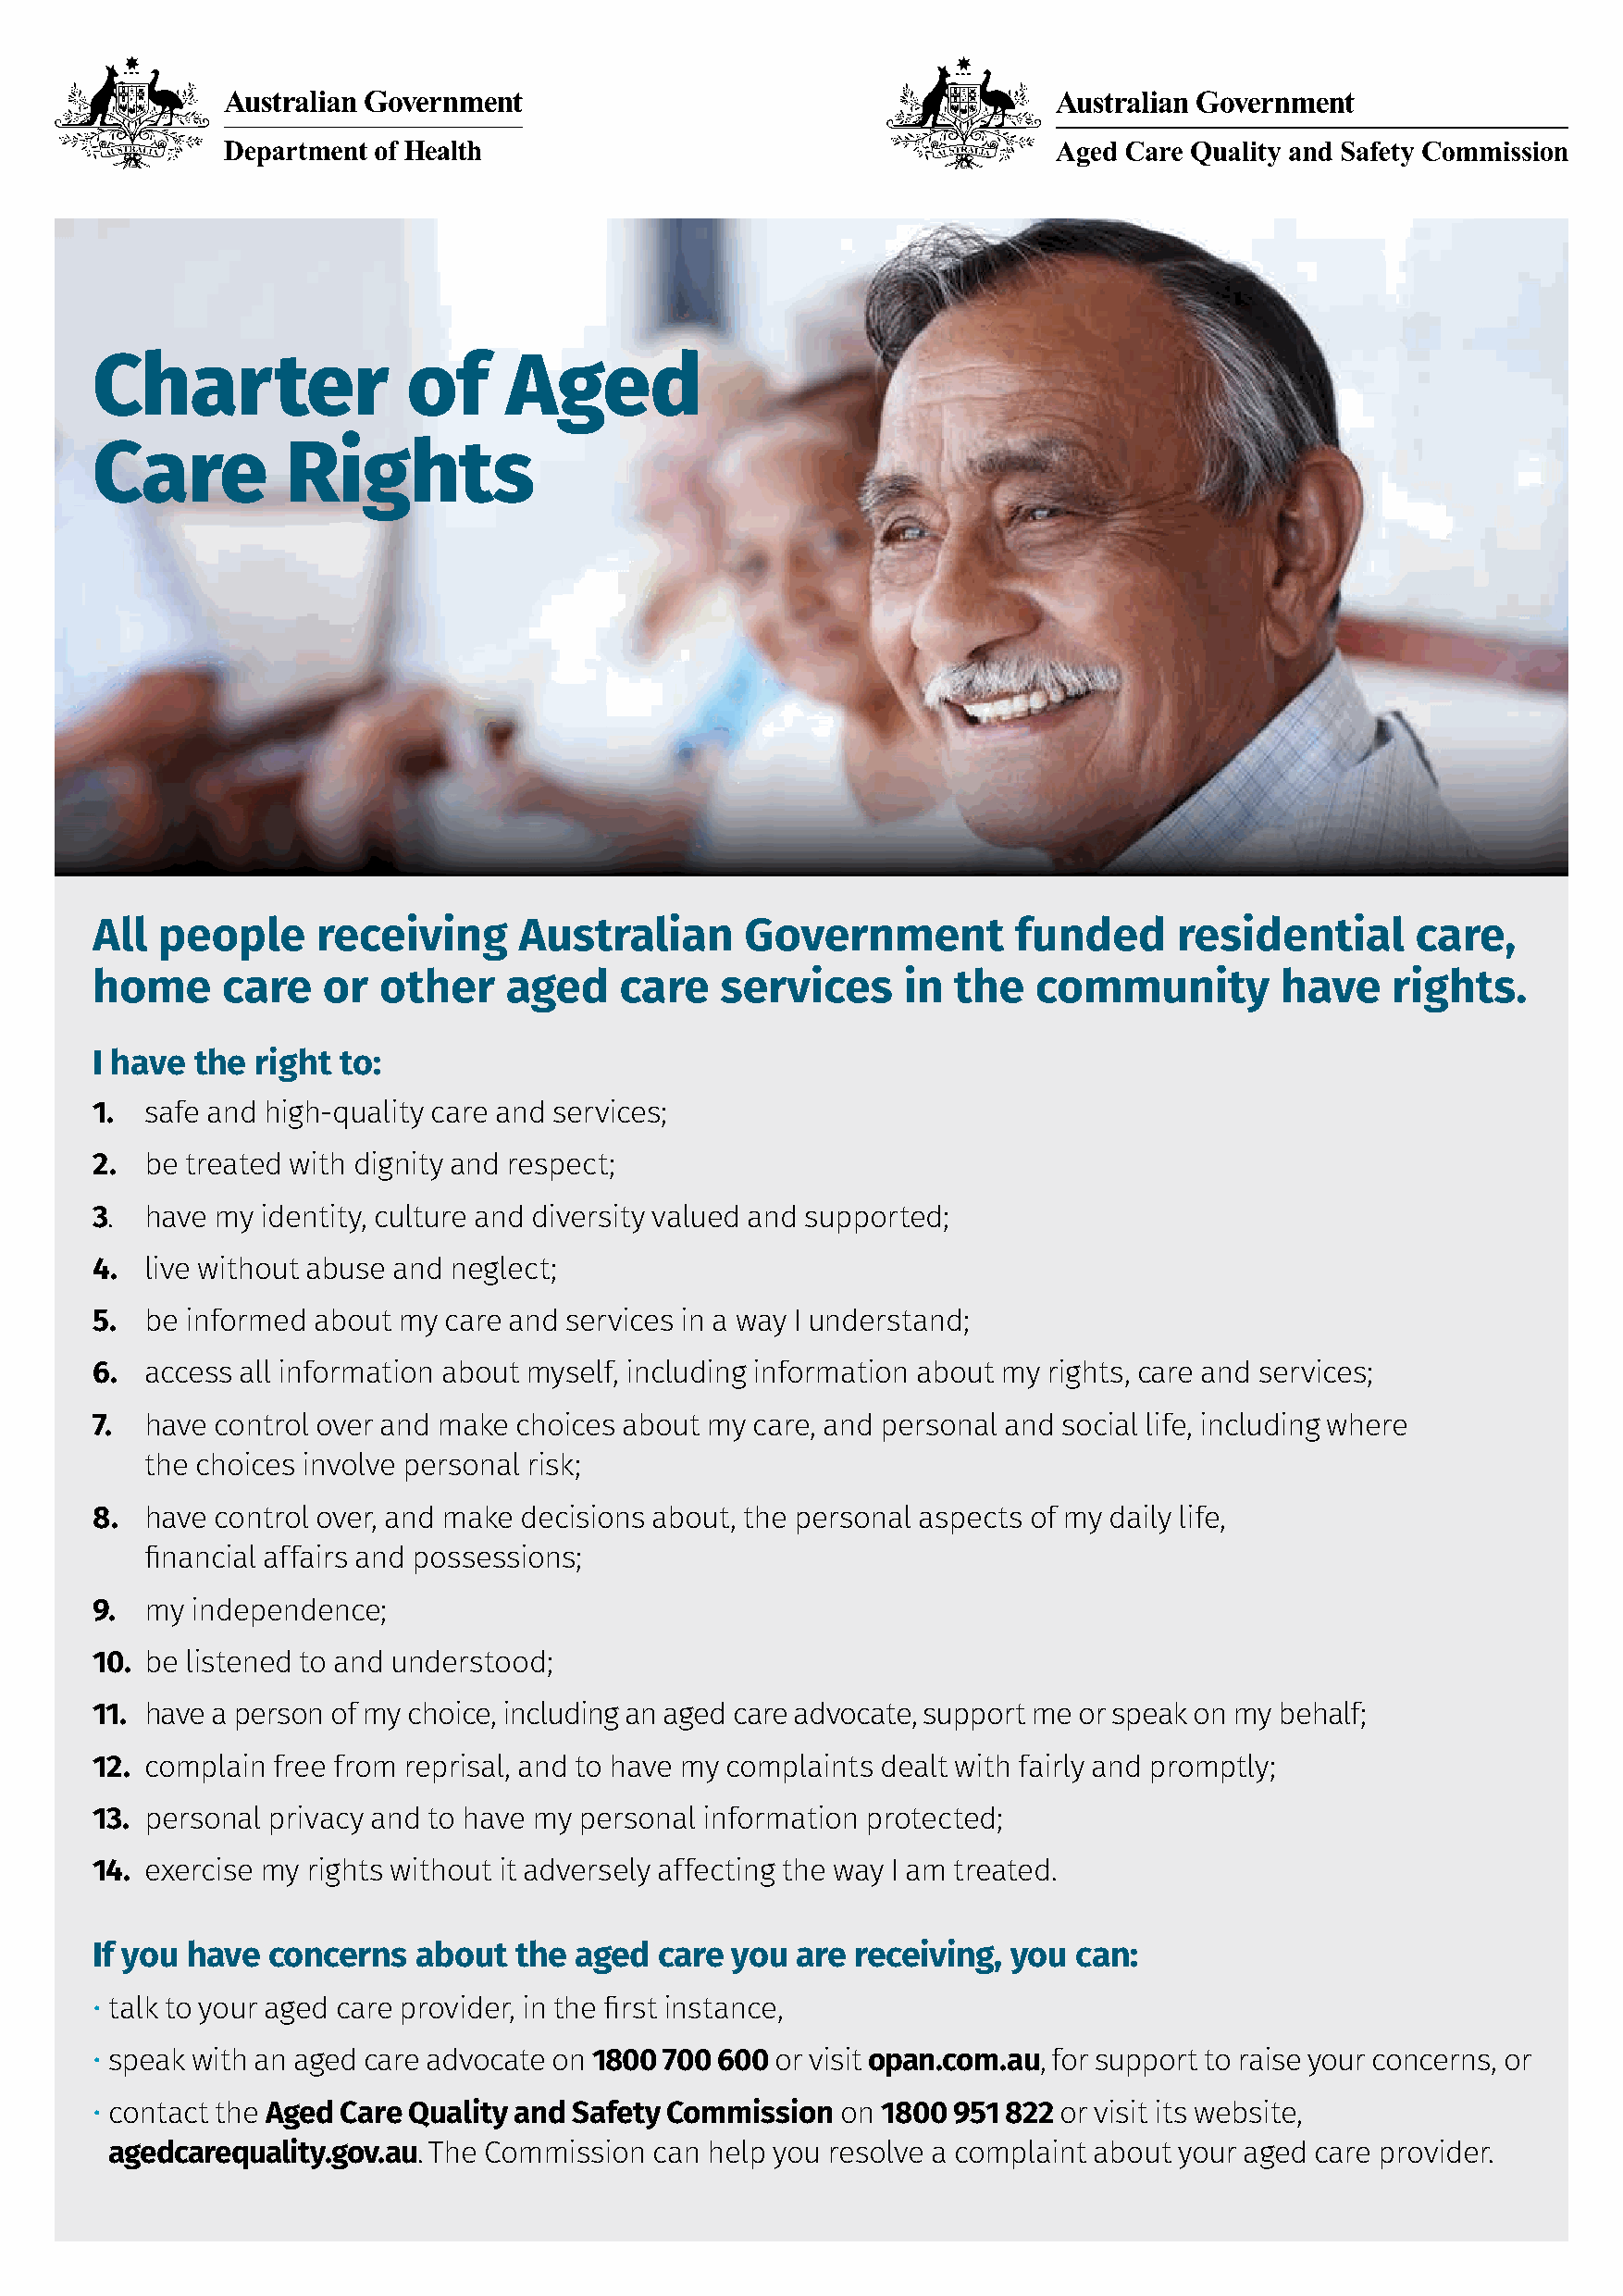
Charter               of     Aged
 Care         Rights
 All people      receiving     Australian      Government          funded     residential      care,
 home     care   or  other    aged    care    services     in the   community         have    rights.
 I have the right to:
 1. safe and high-quality care and services;
 2. be treated with dignity and respect;
 3. have my  identity, culture and diversity valued and supported;
 4. live without abuse and neglect;
 5. be informed about my  care and services in a way I understand;
 6. access all information about myself, including information about my rights, care and services;
 7. have control over and make choices about my care, and personal and social life, including where
 the choices involve personal risk;
 8. have control over, and make decisions about, the personal aspects of my daily life,
 financial affairs and possessions;
 9. my  independence;
 10. be listened to and understood;
 11. have a person of my choice, including an aged care advocate, support me or speak on my behalf;
 12. complain free from reprisal, and to have my complaints dealt with fairly and promptly;
 13. personal privacy and to have my personal information protected;
 14. exercise my rights without it adversely affecting the way I am treated.
 If you have concerns   about  the aged  care you  are receiving, you  can:
 • talk to your aged care provider, in the first instance,
 • speak with an aged care advocate on 1800 700 600 or visit opan.com.au, for support to raise your concerns, or
 • contact the Aged Care Quality and Safety Commission on 1800 951 822 or visit its website,
 agedcarequality.gov.au. The Commission can help you resolve a complaint about your aged care provider.